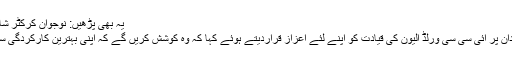
یہ بھی پڑھیں: نوجوان کرکٹر شاداب خان نے 79 سالہ ریکارڈ توڑ دیا
شاہدآفریدی نے لارڈز کے تاریخی میدان پر آئی سی سی ورلڈ الیون کی قیادت کو اپنے لئے اعزاز قراردیتے ہوئے کہا کہ وہ کوشش کریں گے کہ اپنی بہترین کارکردگی سے شائقین کرکٹ کے دل جیت سکیں ۔